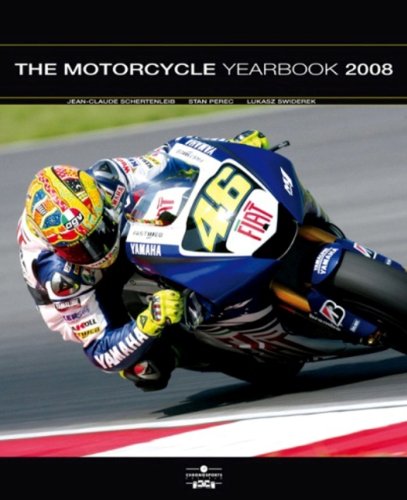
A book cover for Motorcycle Yearbook 2008; Jean-Claude Schertenleib; Engineering & Transportation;